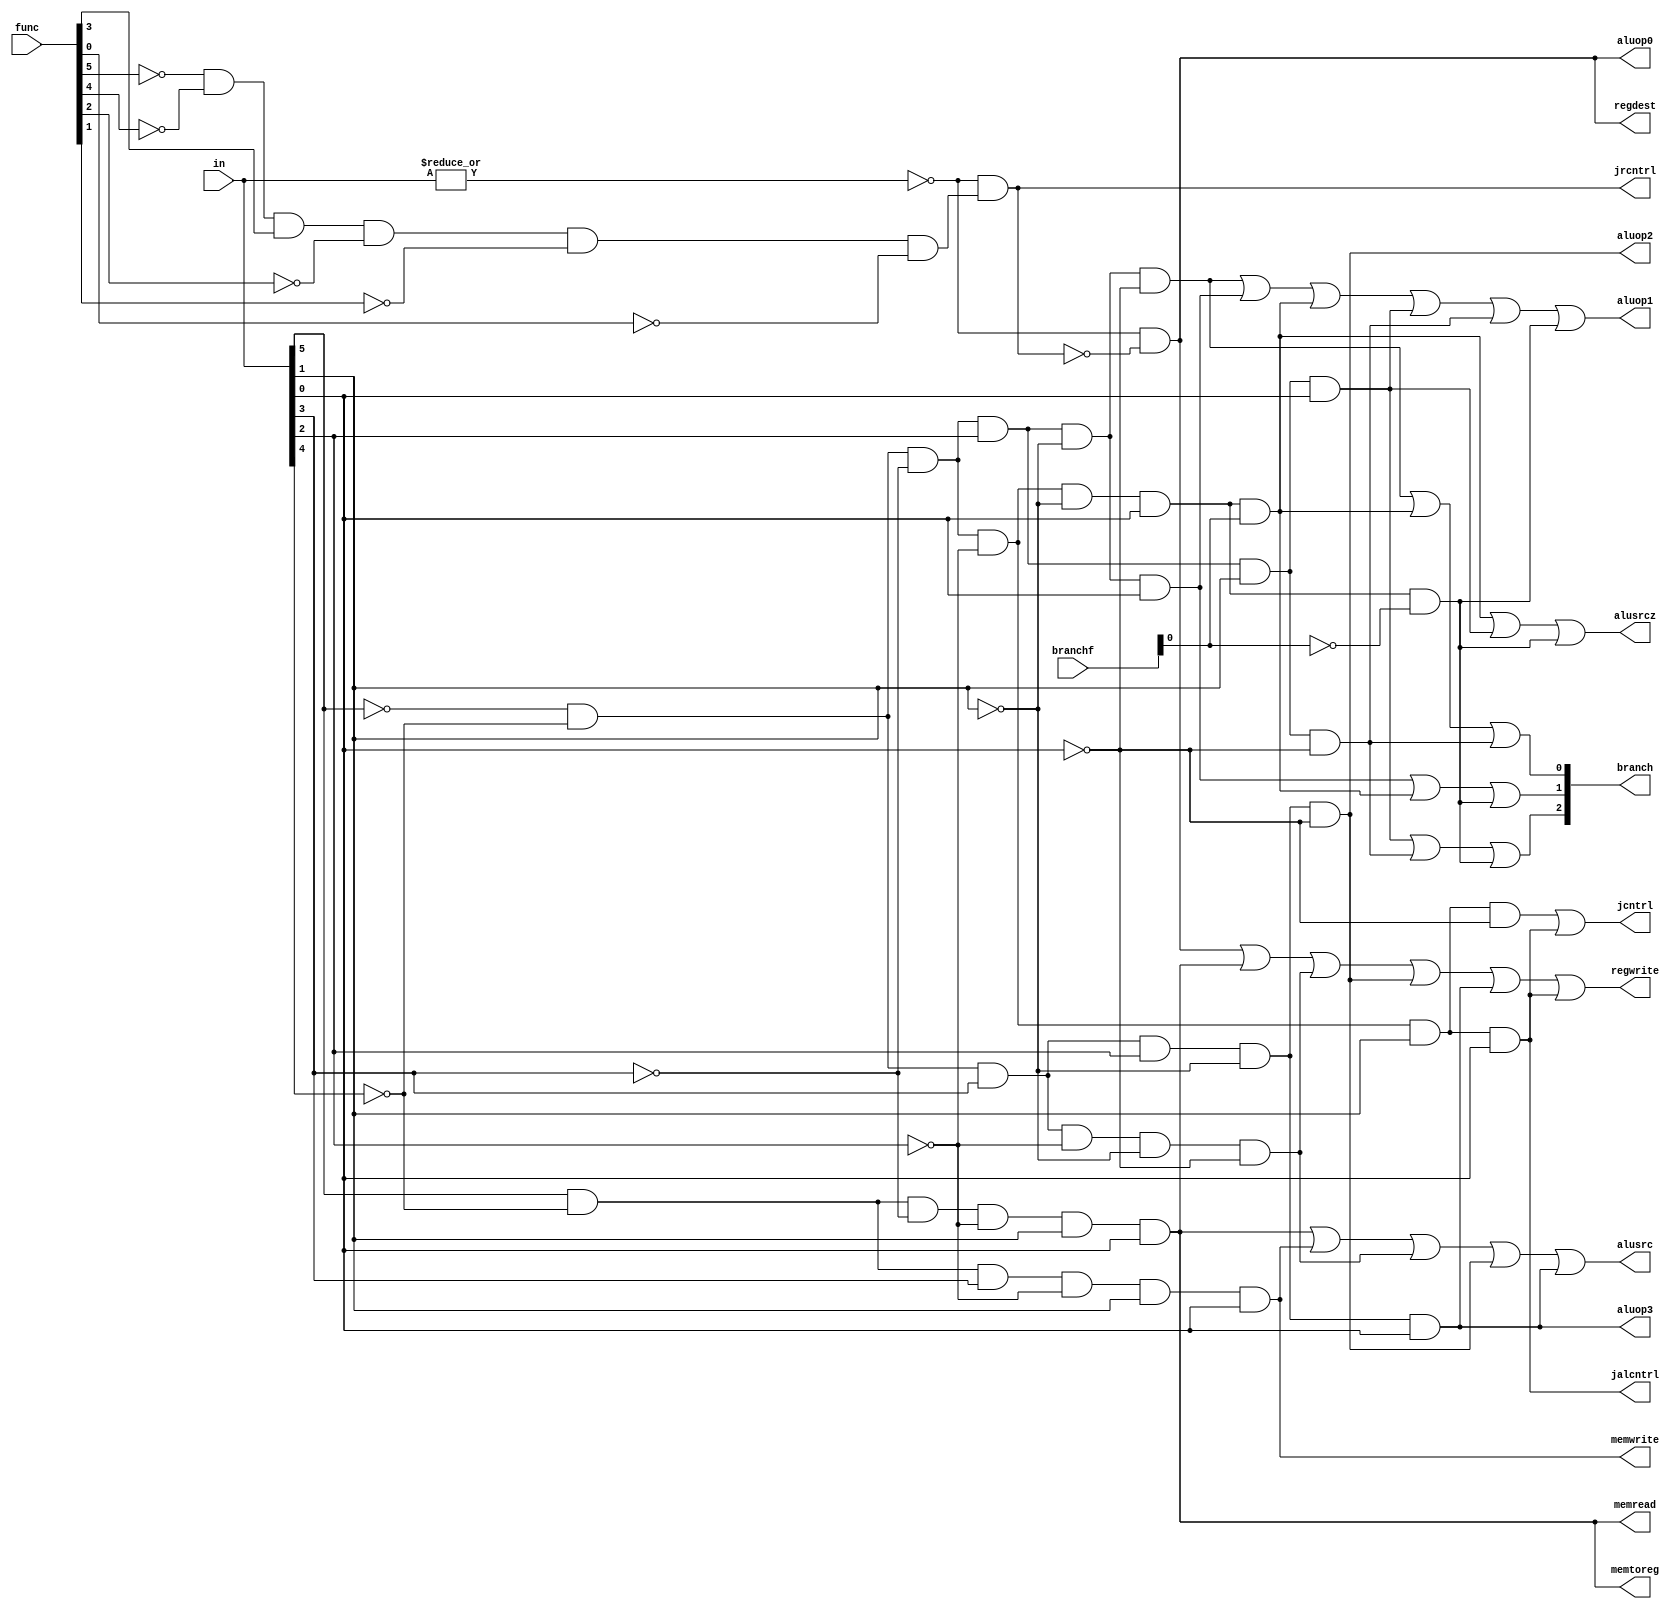
module control(in,func,branchf,regdest,alusrc,memtoreg,regwrite,memread,memwrite,branch,aluop0,aluop1,aluop2,aluop3,jcntrl,jrcntrl,jalcntrl,alusrcz);
input [5:0] 
in,
func;	///For RType inputs, func is necessary to differantiate between jr and others.
input [4:0]
branchf;///bgez and bltz has the same opcode, their branch func is different.
output [2:0] branch;
output regdest,alusrc,memtoreg,regwrite,memread,memwrite,aluop0,aluop1,aluop2,aluop3,jcntrl,jrcntrl,jalcntrl,alusrcz;
wire rformat,lw,sw,beq,bneq,bgez,bgtz,blez,bltz,andi,ori,jump,jr;	
		
//Signal table is given in the report.
assign jr=~|in & 												//000000 and func code is 001000
		  ((~func[5])& (~func[4])&func[3]&(~func[2])&(~func[1])&(~func[0]));
assign rformat=~|in & ~jr;										//000000 and not jr
assign lw=in[5]& (~in[4])&(~in[3])&(~in[2])&in[1]&in[0];		//100011
assign sw=in[5]& (~in[4])&in[3]&(~in[2])&in[1]&in[0];			//101011
assign beq=~in[5]& (~in[4])&(~in[3])&in[2]&(~in[1])&(~in[0]);	//000100
assign bneq=~in[5]& (~in[4])&(~in[3])&in[2]&(~in[1])&in[0];		//000101
assign bgez=~in[5]& (~in[4])&(~in[3])&(~in[2])&(~in[1])&in[0]&	//000001 16th bit 1
			branchf[0];	
assign bgtz=~in[5]& (~in[4])&(~in[3])&in[2]&in[1]&in[0];		//000111
assign blez=~in[5]& (~in[4])&(~in[3])&in[2]&in[1]&(~in[0]);		//000110
assign bltz=~in[5]& (~in[4])&(~in[3])&(~in[2])&(~in[1])&in[0]&	//000001 16th bit 0
			(~branchf[0]);
assign addi=~in[5]& (~in[4])&in[3]&(~in[2])&(~in[1])&(~in[0]); 	//001000
assign andi=~in[5]& (~in[4])&in[3]&in[2]&(~in[1])&(~in[0]);		//001100
assign ori=~in[5]& (~in[4])&in[3]&in[2]&(~in[1])&in[0];			//001101
assign jump=~in[5]& (~in[4])&(~in[3])&(~in[2])&in[1]&(~in[0]);	//000010
assign jal=~in[5]& (~in[4])&(~in[3])&(~in[2])&in[1]&in[0];		//000011

assign regdest=rformat;
assign alusrc=lw|sw|addi|andi|ori;
assign memtoreg=lw;
assign regwrite=rformat|lw|addi|andi|ori|jal;
assign memread=lw;
assign memwrite=sw;
//			beq	bne	bgez bgtz blez bltz
//branch	001	010	 011  100  101  110
assign branch[2]=bgtz|blez|bltz;
assign branch[1]=bneq|bgez|bltz;
assign branch[0]=beq|bgez|blez;
assign aluop0=rformat;
assign aluop1=beq|bneq|bgez|bgtz|blez|bltz;
assign aluop2=andi;
assign aluop3=ori;
assign jcntrl=jump|jal;
assign jrcntrl=jr;
assign jalcntrl=jal;
assign alusrcz=bgez|bgtz|bltz;
endmodule